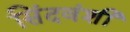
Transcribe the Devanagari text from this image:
सिंदवंशी